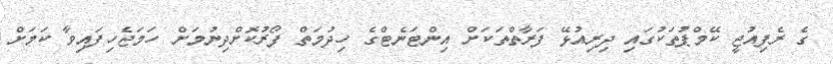
ގެ ރެފިއުޖީ ކޭމްޕުތަކުގައި ދިރިއުޅޭ ފަރާތްތަކަށް އިންޓަނެޓްގެ ހިދުމަތް ފޯރުކޮށްދިނުމަށް ހަމަޖެހިފައިވާ ކަމަށް